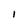
Character: 1